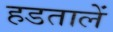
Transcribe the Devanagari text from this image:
हडतालें